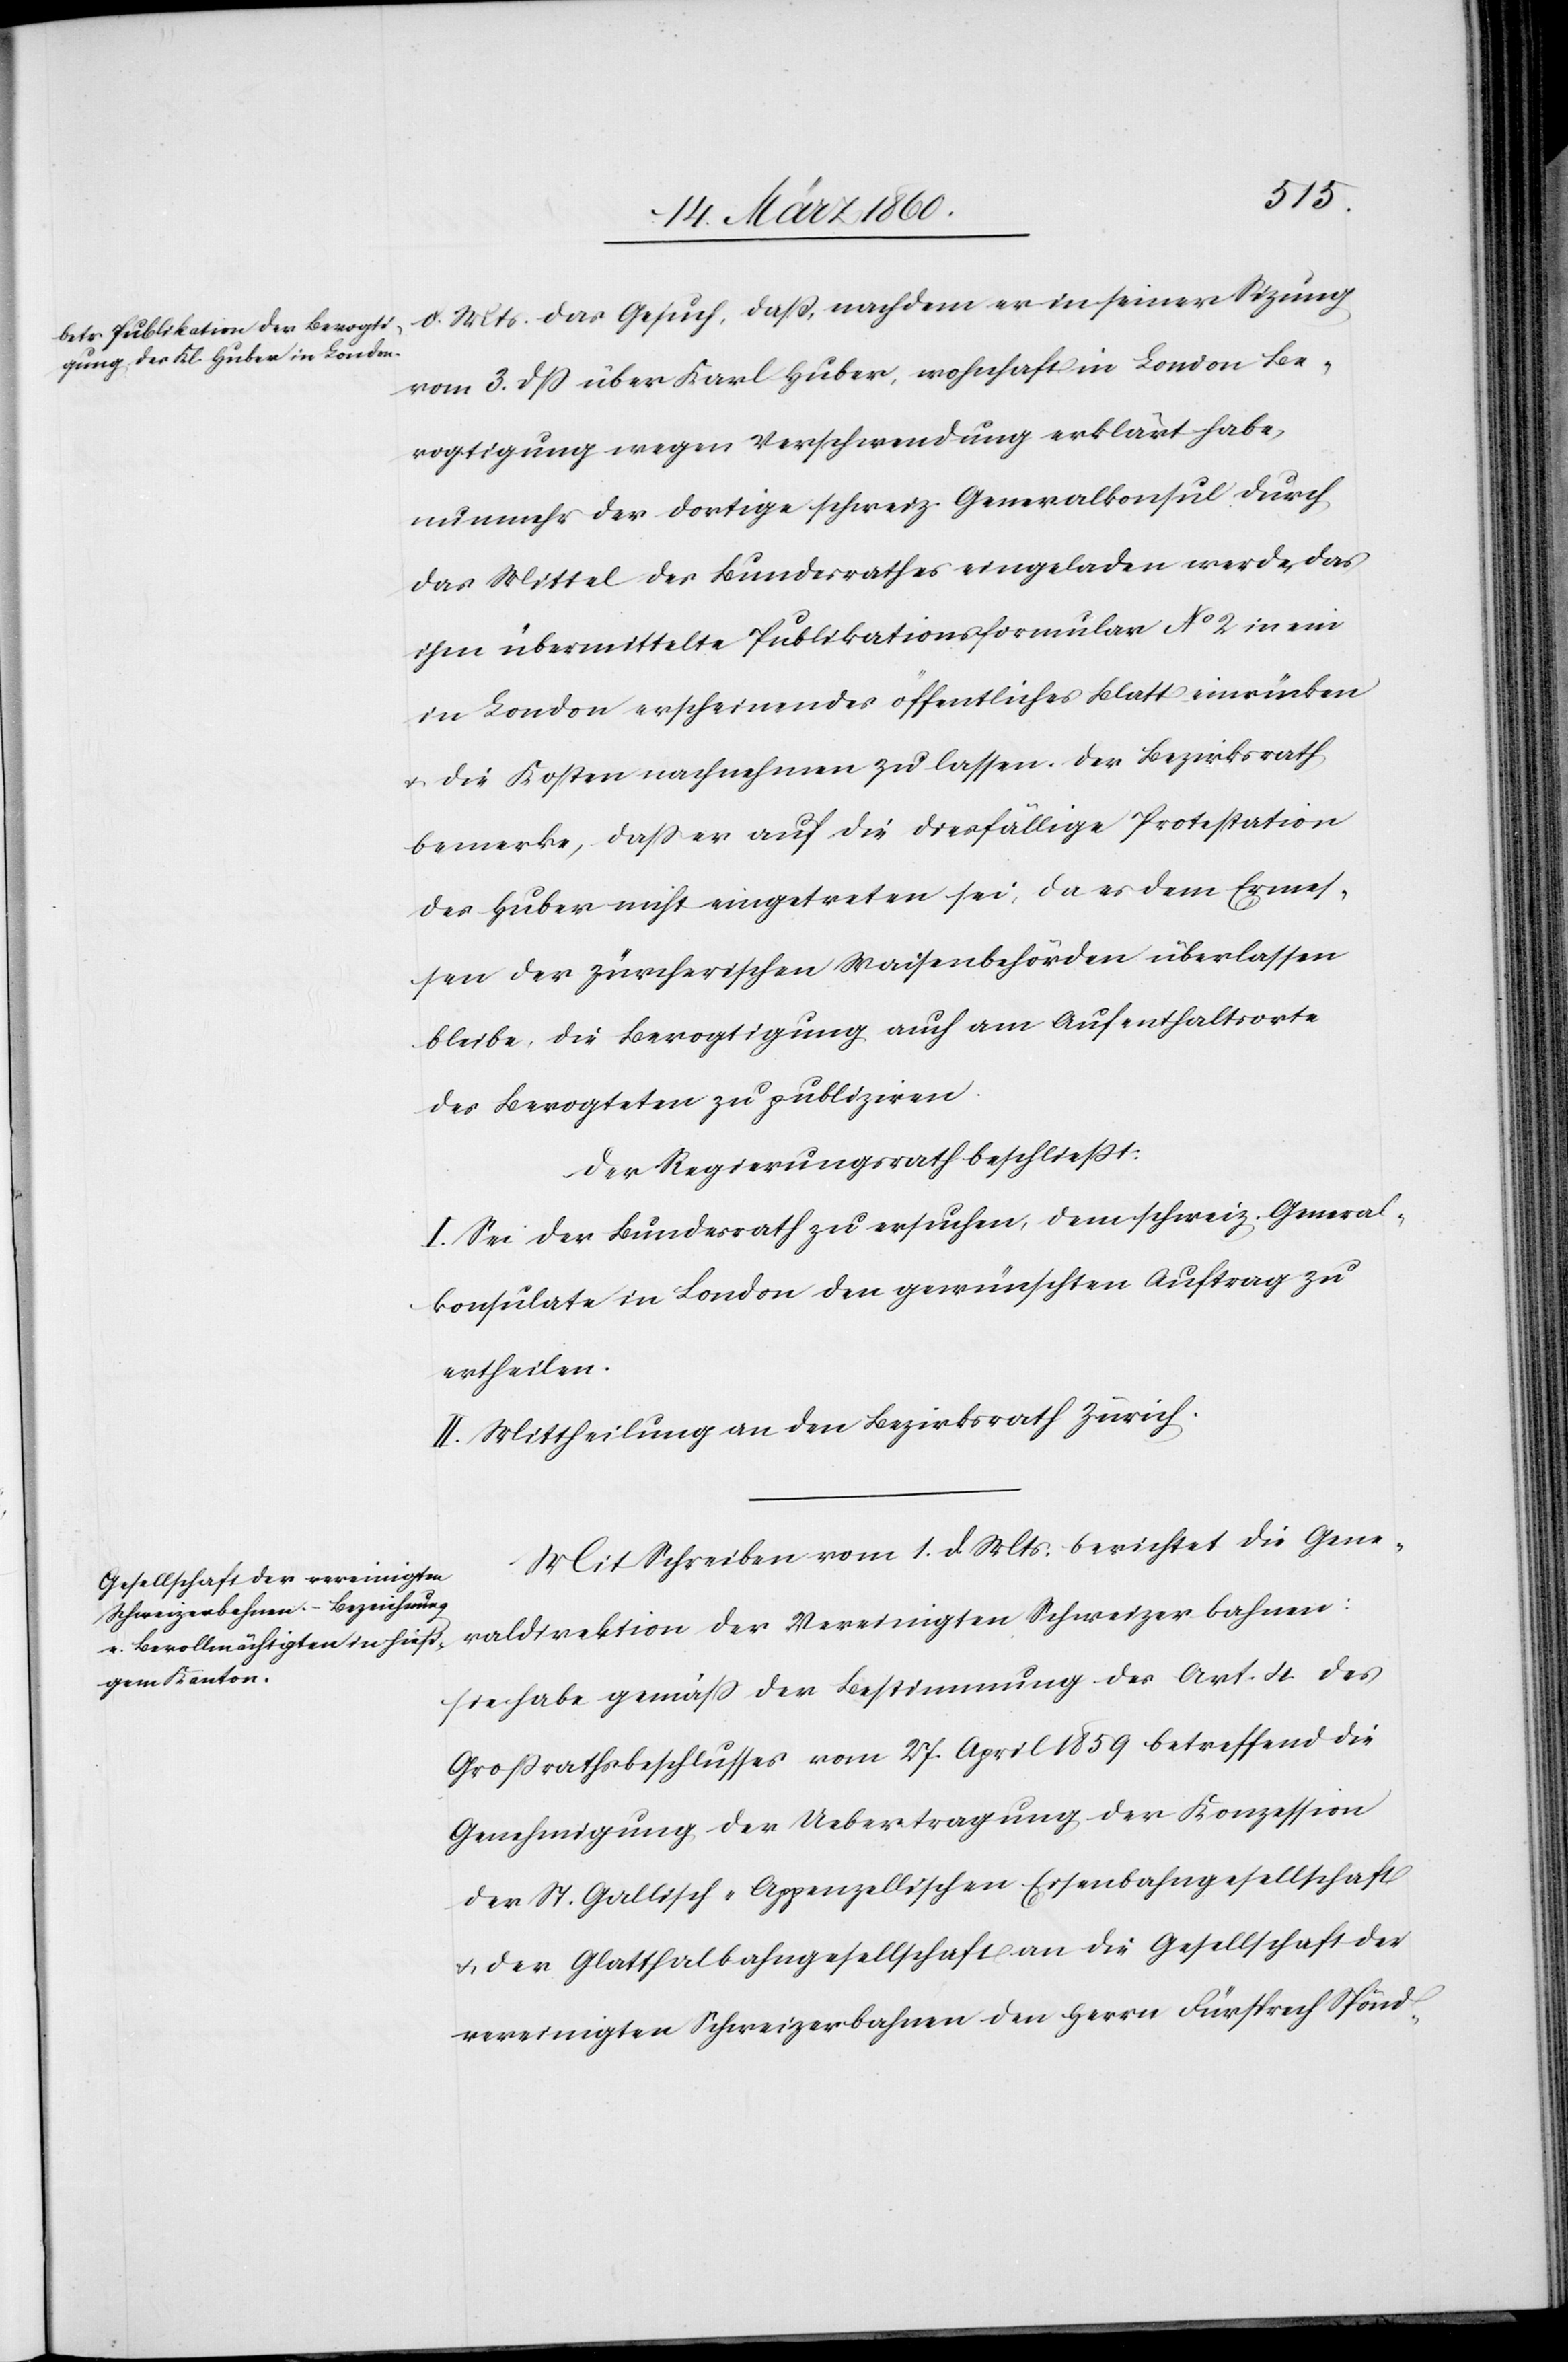
vom 3. Ddß. über Karl Huber, wohnhaft in London Be¬
vogtigung wegen Verschwendung erklärt habe,
nunmehr der dortige schweiz. Generalkonsul durch
das Mittel des Bundesrathes eingeladen werde, das
ihm übermittelte Publikationsformular No 2. in ein
in London erscheinendes öffentliches Blatt einrücken
u. die Kosten nachnehmen zu lassen. Der Bezirksrath
bemerke, dass er auch die diesfällige Protestation
des Huber nicht eingetreten sei, da es dem Ermes¬
sen der zürcherischen Waisenbehörden überlassen
bleibe, die Bevogtigung auch am Aufenthaltsorte
des Bevogteten zu publiziren.
Der Regierungsrath beschliesst.
I. Sei der Bundesrath zu ersuchen, dem schweiz. General¬
konsulate in London den gewünschten Auftrag zu
ertheilen.
II. Mittheilung an den Bezirksrath Zürich.
Mit Schreiben vom 1. d. Mts. berichtet die Gene¬
raldirektion der Vereinigten Schweizerbahnen:
Sie habe gemäss der Bestimmung des Art. 4. des
Grossrathsbeschlusses vom 27. April 1859 betreffend die
Genehmigung der Uebertragung der Konzession
der St. Gallisch-Appenzellischen Eisenbahngesellschaft
u. der Glattthalbahngesellschaft an die Gesellschaft der
vereinigten Schweizerbahnen den Herrn Fürsprech Spönd-